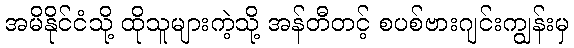
အမိနိုင်ငံသို့ ထိုသူများကဲ့သို့ အန်တီတင့် စပစ်ဗားဂျင်းကျွန်းမှ